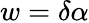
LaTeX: w=\delta\alpha